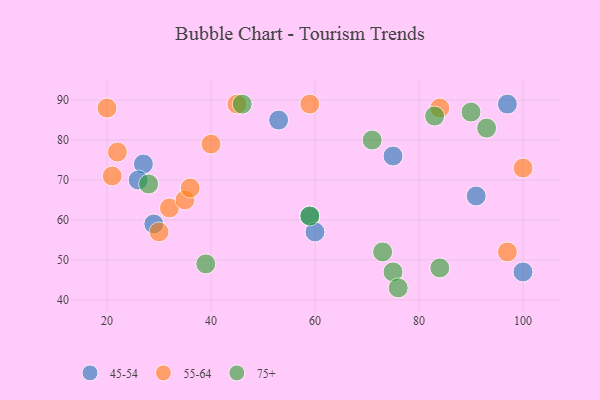
{"axis": {"x": "GDP", "y": "Life Expectancy"}, "legend": ["45-54", "55-64", "75+"], "data": [{"x": "59", "y": 61, "type": "45-54"}, {"x": "100", "y": 47, "type": "45-54"}, {"x": "97", "y": 89, "type": "45-54"}, {"x": "60", "y": 57, "type": "45-54"}, {"x": "27", "y": 74, "type": "45-54"}, {"x": "29", "y": 59, "type": "45-54"}, {"x": "26", "y": 70, "type": "45-54"}, {"x": "91", "y": 66, "type": "45-54"}, {"x": "53", "y": 85, "type": "45-54"}, {"x": "75", "y": 76, "type": "45-54"}, {"x": "32", "y": 63, "type": "55-64"}, {"x": "59", "y": 89, "type": "55-64"}, {"x": "97", "y": 52, "type": "55-64"}, {"x": "100", "y": 73, "type": "55-64"}, {"x": "20", "y": 88, "type": "55-64"}, {"x": "40", "y": 79, "type": "55-64"}, {"x": "30", "y": 57, "type": "55-64"}, {"x": "84", "y": 88, "type": "55-64"}, {"x": "22", "y": 77, "type": "55-64"}, {"x": "35", "y": 65, "type": "55-64"}, {"x": "21", "y": 71, "type": "55-64"}, {"x": "36", "y": 68, "type": "55-64"}, {"x": "45", "y": 89, "type": "55-64"}, {"x": "75", "y": 47, "type": "75+"}, {"x": "83", "y": 86, "type": "75+"}, {"x": "73", "y": 52, "type": "75+"}, {"x": "76", "y": 43, "type": "75+"}, {"x": "71", "y": 80, "type": "75+"}, {"x": "28", "y": 69, "type": "75+"}, {"x": "46", "y": 89, "type": "75+"}, {"x": "59", "y": 61, "type": "75+"}, {"x": "84", "y": 48, "type": "75+"}, {"x": "39", "y": 49, "type": "75+"}, {"x": "93", "y": 83, "type": "75+"}, {"x": "90", "y": 87, "type": "75+"}]}